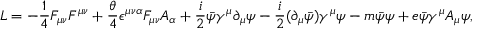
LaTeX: { \cal L } = - \frac { 1 } { 4 } F _ { \mu \nu } F ^ { \mu \nu } + \frac { \theta } { 4 } \epsilon ^ { \mu \nu \alpha } F _ { \mu \nu } A _ { \alpha } + \frac { i } { 2 } \bar { \psi } \gamma ^ { \mu } \partial _ { \mu } \psi - \frac { i } { 2 } ( \partial _ { \mu } \bar { \psi } ) \gamma ^ { \mu } \psi - m \bar { \psi } \psi + e \bar { \psi } \gamma ^ { \mu } A _ { \mu } \psi ,